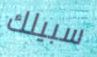
سبيلك